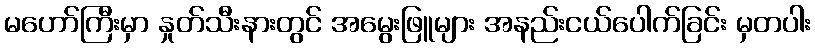
မဟော်ကြီးမှာ နှုတ်သီးနားတွင် အမွေးဖြူများ အနည်းငယ်ပေါက်ခြင်း မှတပါး